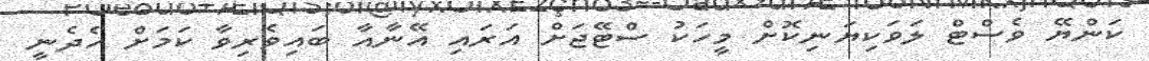
ކަންޔޭ ވެސްޓް ލަވަކިޔަނިކޮށް މީހަކު ސްޓޭޖަށް އަރައި އޭނާއާ ބައިވެރިވާ ކަމަށް ހެދެނީ